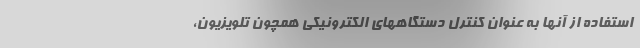
استفاده از آنها به عنوان کنترل دستگاههای الکترونیکی همچون تلویزیون،